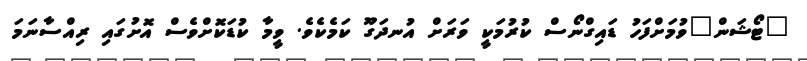
"ޓޯޝަން"ވުމަށްފަހު ޑައިގްނޯސް ކުރުމަކީ ވަރަށް އުނދަގޫ ކަމެކެވެ. ވީމާ ކުޑަކޮށްވެސް އޮށުގައި ރިއްސާނަމަ